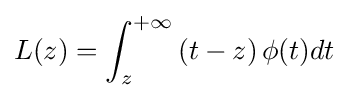
L(z)=\int _{z}^{+\infty }\left(t-z\right)\phi (t)dt